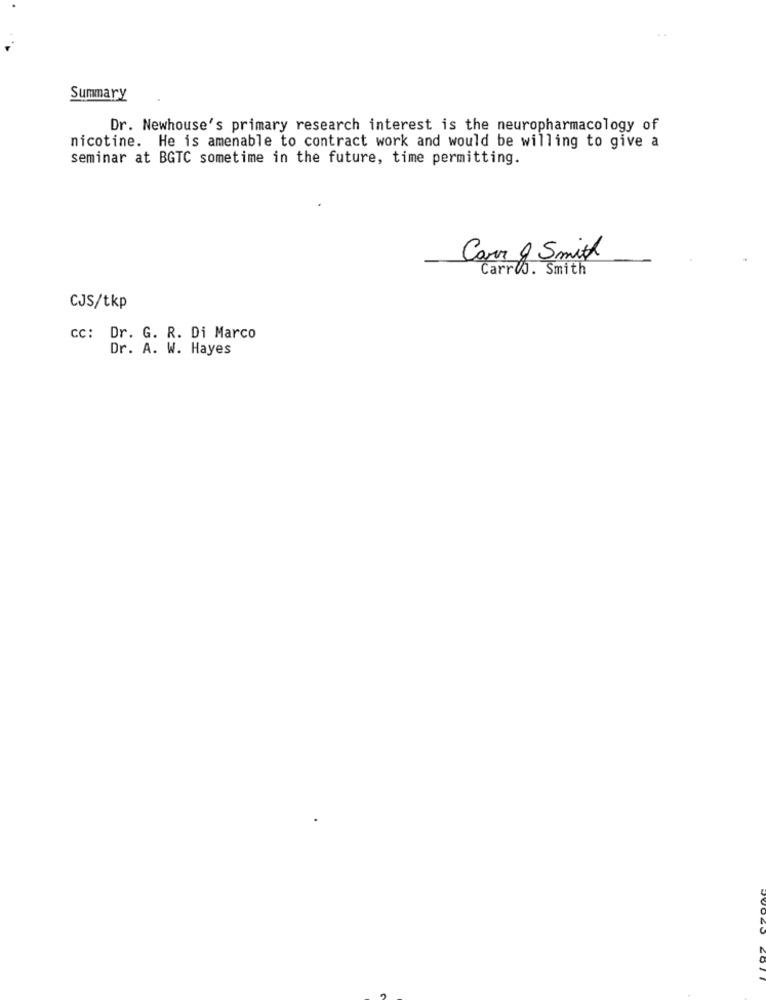
Summary
Dr. Newhouse's primary research interest is the neuropharmacology of
nicotine. He is amenable to contract work and would be willing to give a
seminar at BGTC sometime in the future, time permitting.
Carr & Smith
Carro. Smith
CJS/tkp
CC: Dr. G. R. Di Marco
Dr. A. W. Hayes